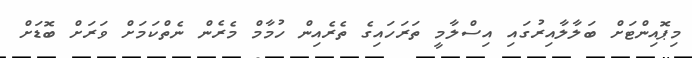
މިޕޮއިންޓަށް ބަލާލާއިރުގައި އިސްލާމީ ތަރަހައިގެ ތެރެއިން ހުމާމް މެރެން ނެތްކަމަށް ވަރަށް ބޮޑަށް